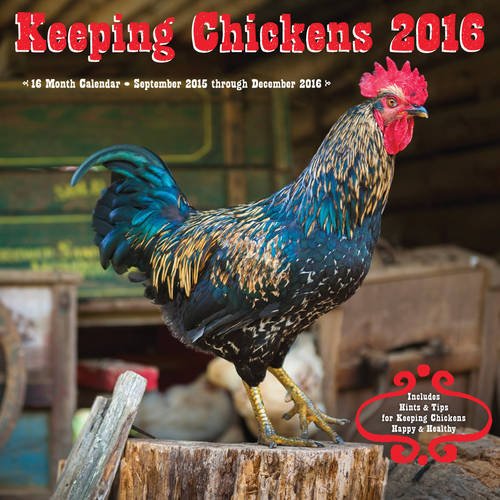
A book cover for Keeping Chickens 2016: 16-Month Calendar September 2015 through December 2016; Editors of Rock Point; Calendars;